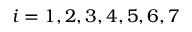
i = 1 , 2 , 3 , 4 , 5 , 6 , 7